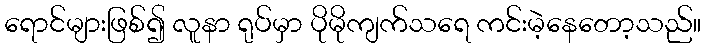
ရောင်များဖြစ်၍ လူနာ ရုပ်မှာ ပိုမိုကျက်သရေ ကင်းမဲ့နေတော့သည်။